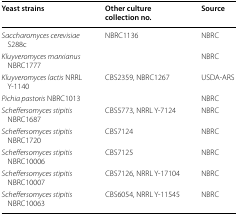
| Yeast strains | Other culture collection no. | Source |
 | --- | --- | --- |
 | Saccharomyces cerevisiae S288c | NBRC1136 | NBRC |
 | Kluyveromyces marxianus NBRC1777 |  | NBRC |
 | Kluyveromyces lactis NRRL Y-1140 | CBS2359, NBRC1267 | USDA-ARS |
 | Pichia pastoris NBRC1013 |  | NBRC |
 | Scheffersomyces stipitis NBRC1687 | CBS5773, NRRL Y-7124 | NBRC |
 | Scheffersomyces stipitis NBRC1720 | CBS7124 | NBRC |
 | Scheffersomyces stipitis NBRC10006 | CBS7125 | NBRC |
 | Scheffersomyces stipitis NBRC10007 | CBS7126, NRRL Y-17104 | NBRC |
 | Scheffersomyces stipitis NBRC10063 | CBS6054, NRRL Y-11545 | NBRC |